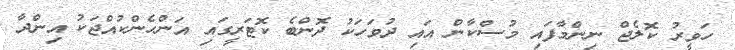
ހަވީރު ކޮލެޖް ނިންމާފައި މުސްކާން އައި ދުވަހަކު ދޮންބެ ކޮޓަރީގައި އަންހެންކުއްޖަކު އިންދާ